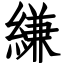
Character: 縑